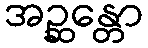
အဉ္ဆန္တော